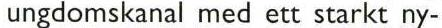
ungdomskanal med ett starkt ny-